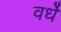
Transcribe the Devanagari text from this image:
वर्धे